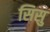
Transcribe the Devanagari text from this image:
सिसु